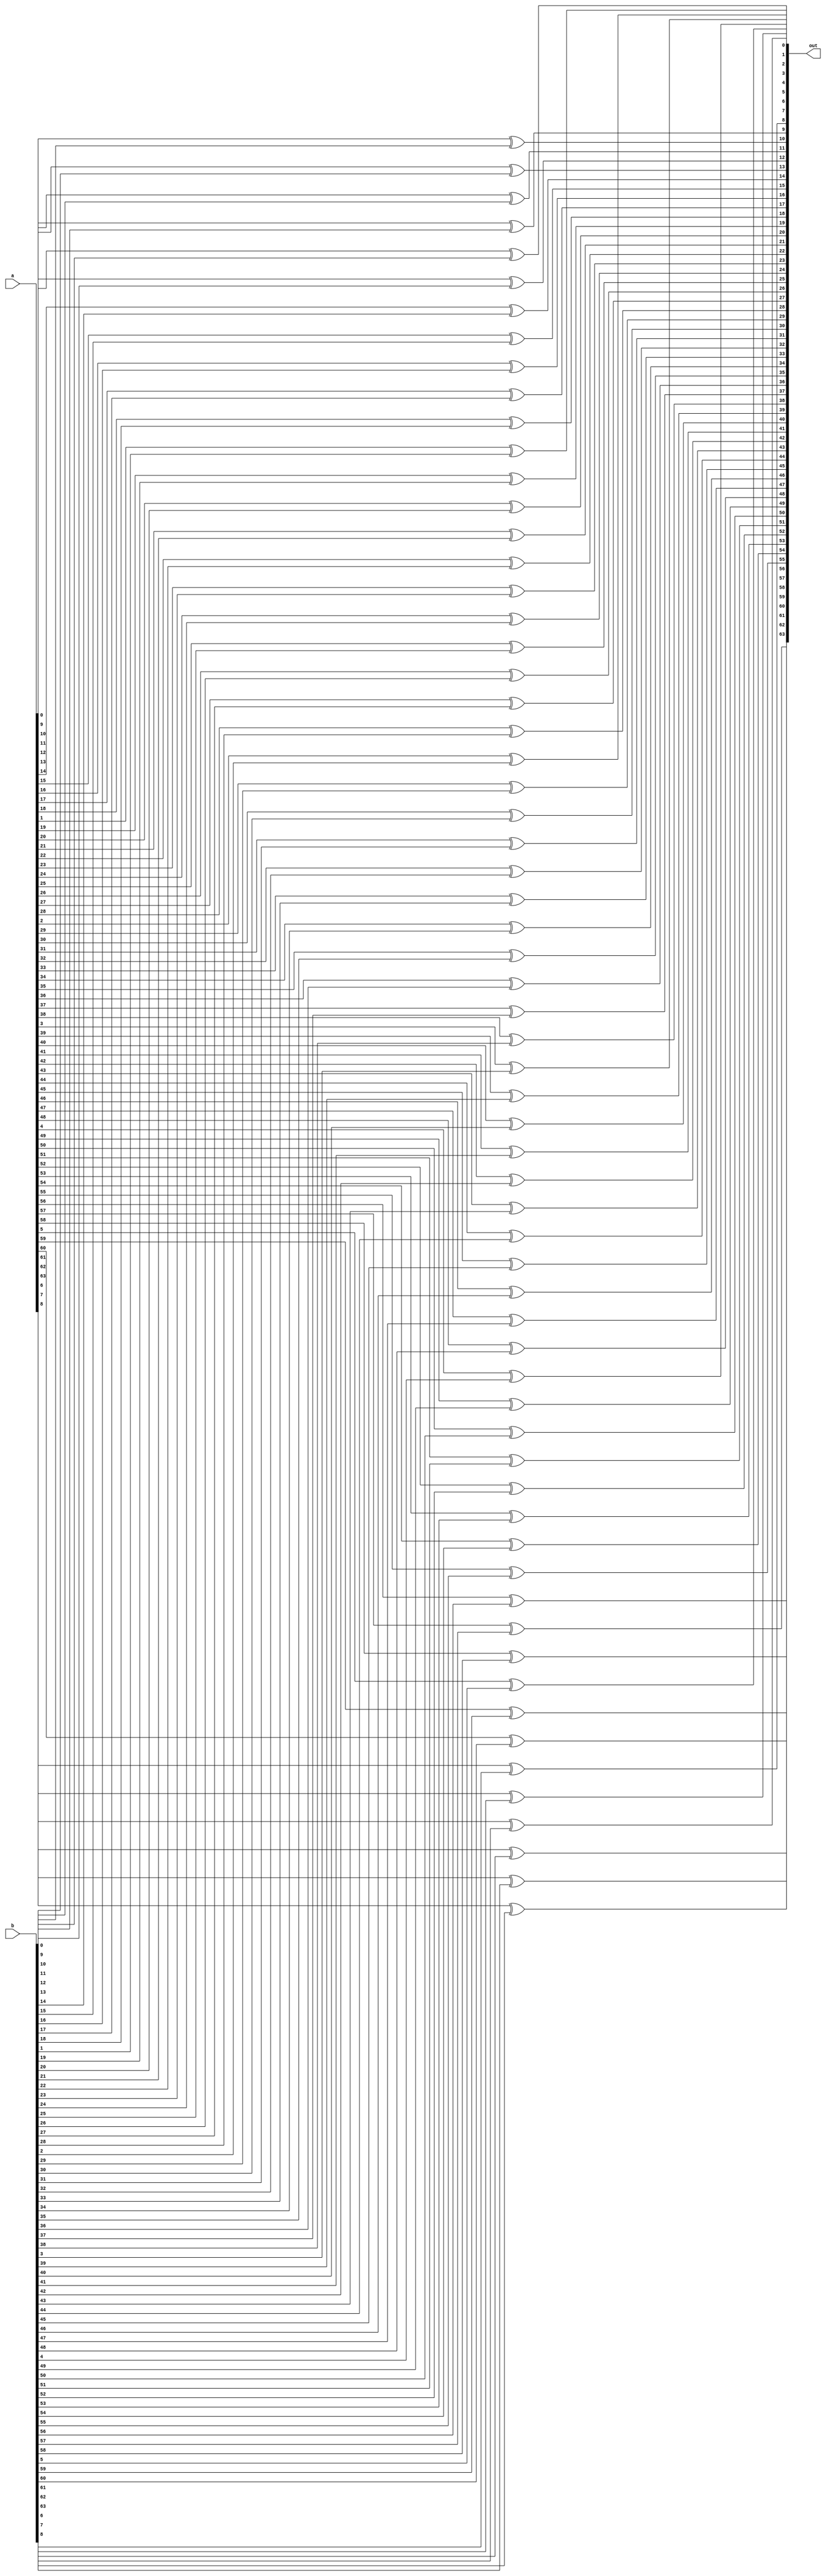


module xor_vector(
	input wire [63:0]a,
	input wire [63:0]b,
	output wire [63:0]out
	);
	
genvar i;

generate for(i=0; i<64; i=i+1)
	begin
		xor xor_gate1( out[i], a[i], b[i] );
	end
	endgenerate

endmodule